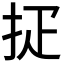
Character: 𢪵